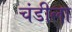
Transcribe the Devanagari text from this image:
चंडीला